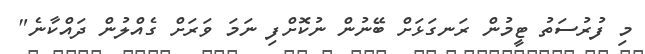
މި ފުރުސަތު ޓީމުން ރަނގަޅަށް ބޭނުން ނުކޮށްފި ނަަމަ ވަރަށް ގެއްލުން ދައްކާނެ"